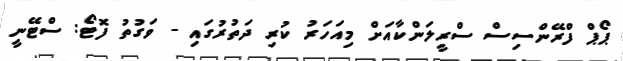
ޕޯޕް ފްރޭންސިސް ސްރީލަންކާއަށް މިއަހަރު ކުރި ދަތުރުގައި - ވަގުތު ފޮޓޯ: ސްޓޭނީ